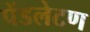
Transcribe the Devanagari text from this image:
पेंडलेटण